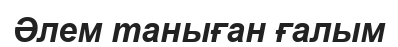
Әлем таныған ғалым